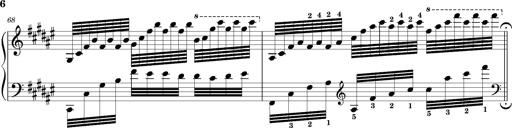
Title: Schlummerlied mit Arabesken
Composer: Franz Liszt
Key: F-sharp major